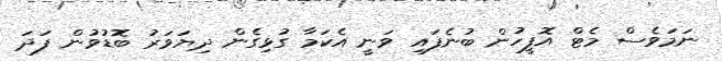
ނަމަވެސް މެޓް އޮފީހުން ބުނެފައި ވަނީ އެކަމާ ގުޅިގެން ދިޔަވަރު ބޮޑުވުން ފަދަ